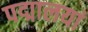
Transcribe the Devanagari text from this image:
पद्मालयां